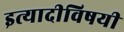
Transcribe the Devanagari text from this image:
इत्यादीविषयी